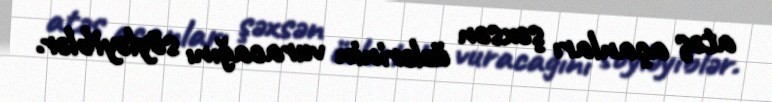
atəş açanları şəxsən özlərinin vuracağını söyləyiblər.